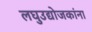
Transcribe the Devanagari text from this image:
लघुउद्योजकांना